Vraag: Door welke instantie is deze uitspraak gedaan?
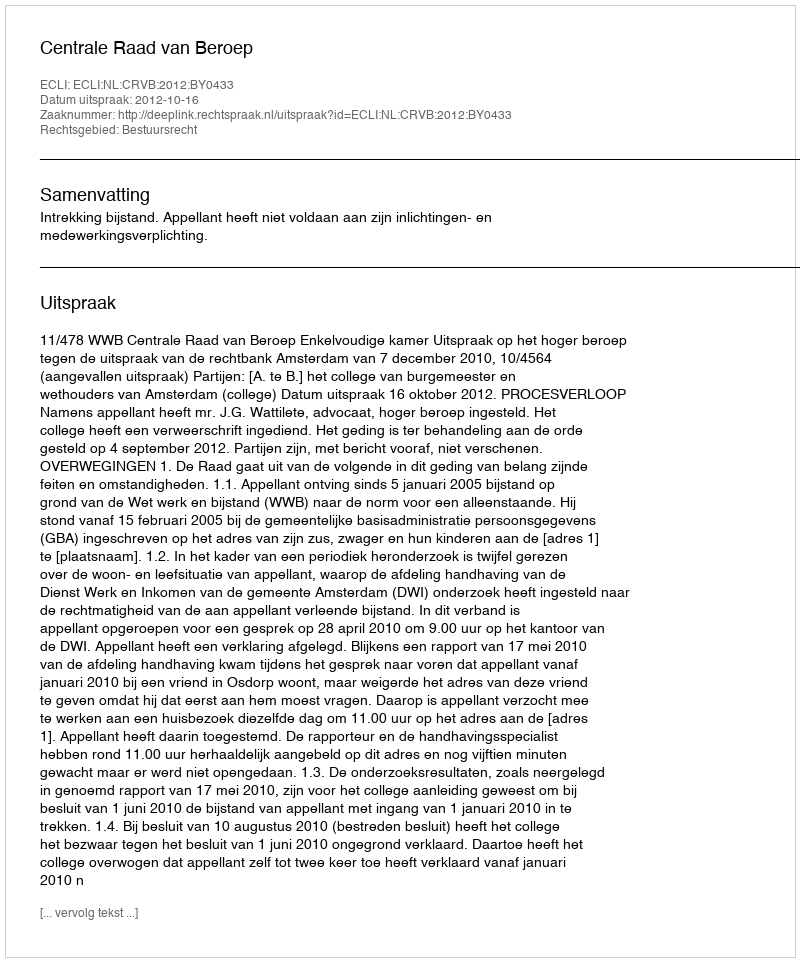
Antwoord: Centrale Raad van Beroep